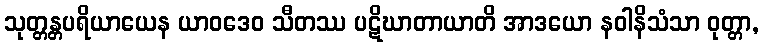
သုတ္တန္တပရိယာယေန ယာဝဒေဝ သီတဿ ပဋိဃာတာယာတိ အာဒယော နဝါနိသံသာ ဝုတ္တာ,